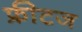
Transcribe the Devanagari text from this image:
फ्रीटज